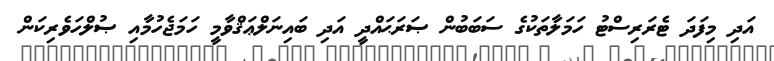
އަދި މިފަދަ ޓެރަރިސްޓު ހަމަލާތަކުގެ ސަބަބުން ޞަރަޙައްދީ އަދި ބައިނަލްޢަޤްވާމީ ހަމަޖެހުމާއި ޞުލްހަވެރިކަން